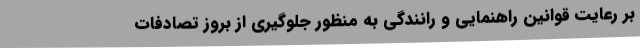
بر رعایت قوانین راهنمایی و رانندگی به منظور جلوگیری از بروز تصادفات